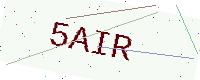
Text: 5AIR